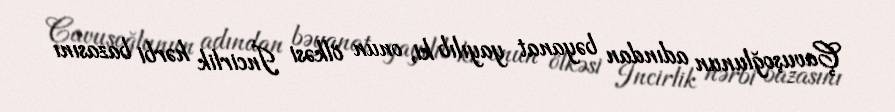
Çavuşoğlunun adından bəyanat yayılıb ki, onun ölkəsi İncirlik hərbi bazasını